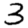
Digit: 3